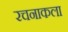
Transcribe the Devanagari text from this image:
रचनाकला